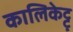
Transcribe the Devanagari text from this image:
कालिकेट्टु